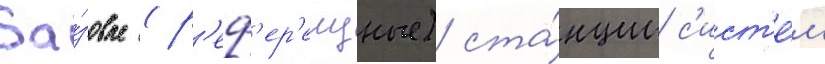
Ба́зовые (р'еф'ер'енцные) ста́нции с'ист'е́м